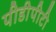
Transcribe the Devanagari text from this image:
पीडीपीटी